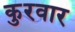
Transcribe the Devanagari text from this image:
कुरवार